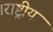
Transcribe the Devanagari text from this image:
।राष्ट्रीय